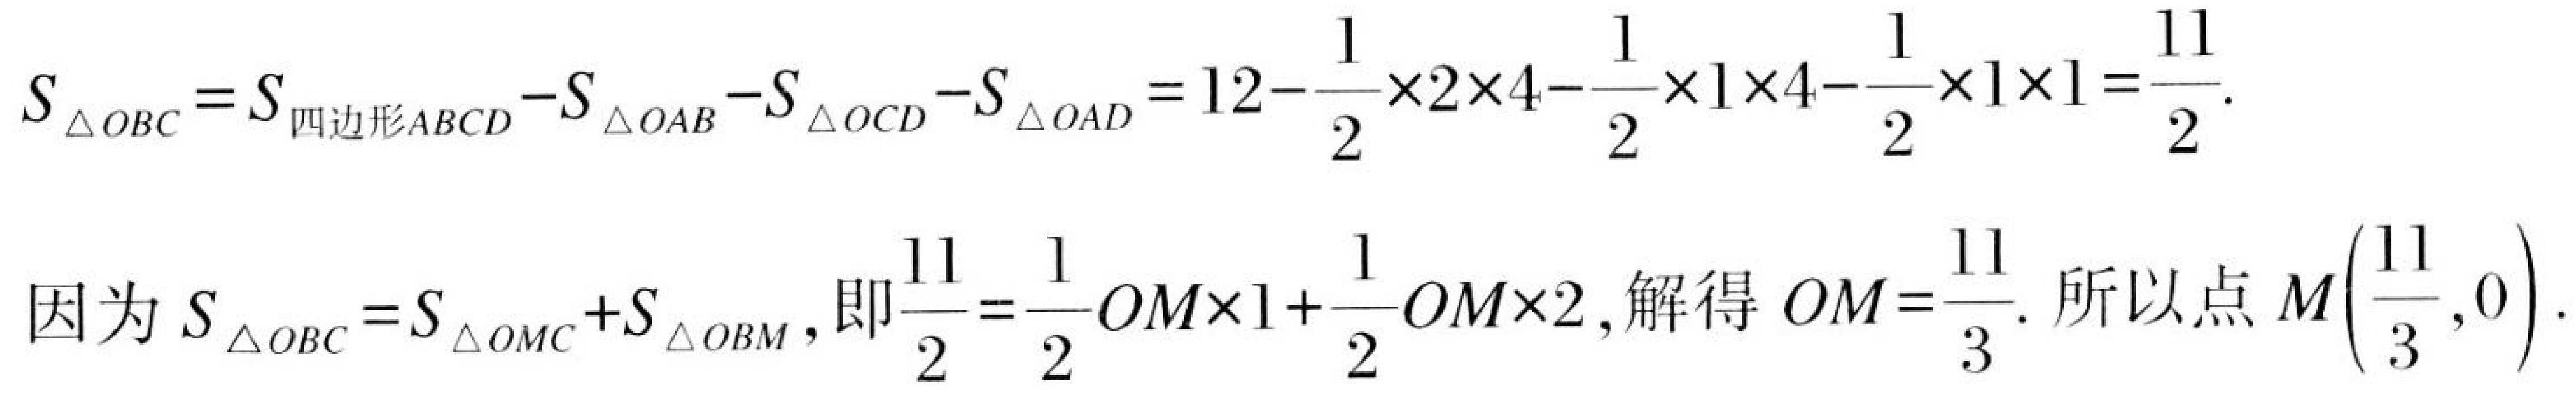
\[
\begin{align*}
S_{\triangle OBC}&=S_{四边形ABCD}-S_{\triangle OAB}-S_{\triangle OCD}-S_{\triangle OAD}=12 - \frac{1}{2}\times2\times4-\frac{1}{2}\times1\times4-\frac{1}{2}\times1\times1=\frac{11}{2}.\\
\end{align*}
\]
因为 \(S_{\triangle OBC}=S_{\triangle OMC}+S_{\triangle OBM}\)，即\(\frac{11}{2}=\frac{1}{2}OM\times1+\frac{1}{2}OM\times2\)，解得 \(OM = \frac{11}{3}\). 所以点 \(M\left(\frac{11}{3},0\right)\).